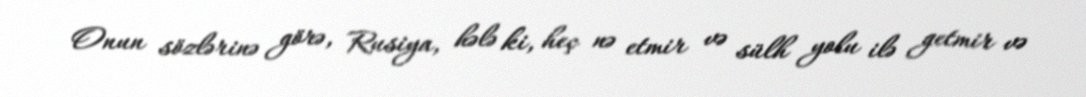
Onun sözlərinə görə, Rusiya, hələ ki, heç nə etmir və sülh yolu ilə getmir və